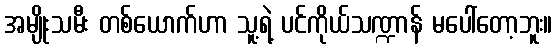
အမျိုးသမီး တစ်ယောက်ဟာ သူ့ရဲ့ ပင်ကိုယ်သဏ္ဍာန် မပေါ်တော့ဘူး။